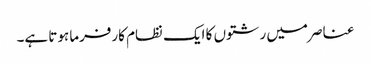
عناصر میں رشتوں کا ایک نظام کارفرما ہوتا ہے۔